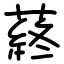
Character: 蔠